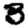
Digit: 3